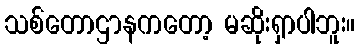
သစ်တောဌာနကတော့ မဆိုးရှာပါဘူး။